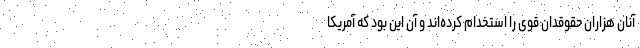
آنان هزاران حقوقدان قوی را استخدام کرده‌اند و آن این بود که آمریکا